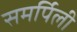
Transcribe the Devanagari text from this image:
समर्पिली